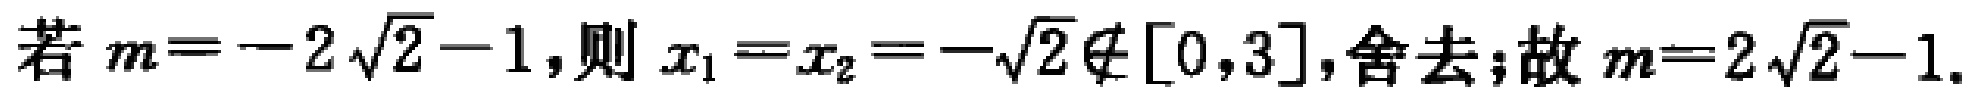
若 \(m=-2\sqrt{2}-1\),则 \(x_{1}=x_{2}=-\sqrt{2}\notin[0,3]\),舍去;故 \(m=2\sqrt{2}-1\).